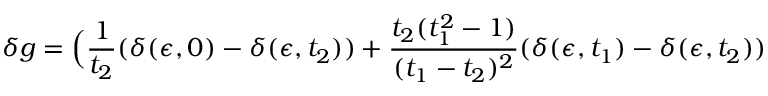
\delta g = \Big ( { \frac { 1 } { t _ { 2 } } } ( \delta ( \epsilon , 0 ) - \delta ( \epsilon , t _ { 2 } ) ) + { \frac { t _ { 2 } ( t _ { 1 } ^ { 2 } - 1 ) } { ( t _ { 1 } - t _ { 2 } ) ^ { 2 } } } ( \delta ( \epsilon , t _ { 1 } ) - \delta ( \epsilon , t _ { 2 } ) )